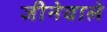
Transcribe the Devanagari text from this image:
जीनेवाले